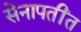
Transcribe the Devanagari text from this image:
सेनापतींत